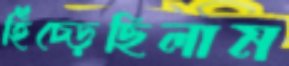
হিঁচ্‌ড়েছিলাম